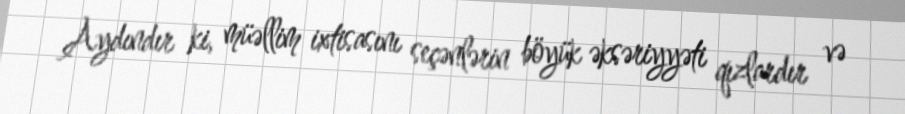
Aydındır ki, müəllim ixtisasını seçənlərin böyük əksəriyyəti qızlardır və